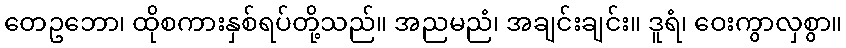
တေဥဘော၊ ထိုစကားနှစ်ရပ်တို့သည်။ အညမညံ၊ အချင်းချင်း။ ဒူရံ၊ ဝေးကွာလှစွာ။